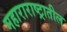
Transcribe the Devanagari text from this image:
महाराराष्ट्रातील